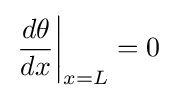
\left.{\frac {d\theta }{dx}}\right\vert _{x=L}=0